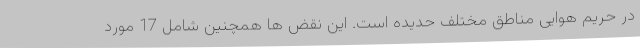
در حریم هوایی مناطق مختلف حدیده است. این نقض ها همچنین شامل 17 مورد